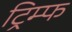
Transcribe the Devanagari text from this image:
ट्रिम्फ